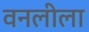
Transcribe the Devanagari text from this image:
वनलीला